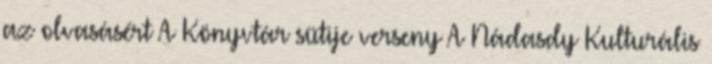
az olvasásért A Könyvtár sütije verseny A Nádasdy Kulturális